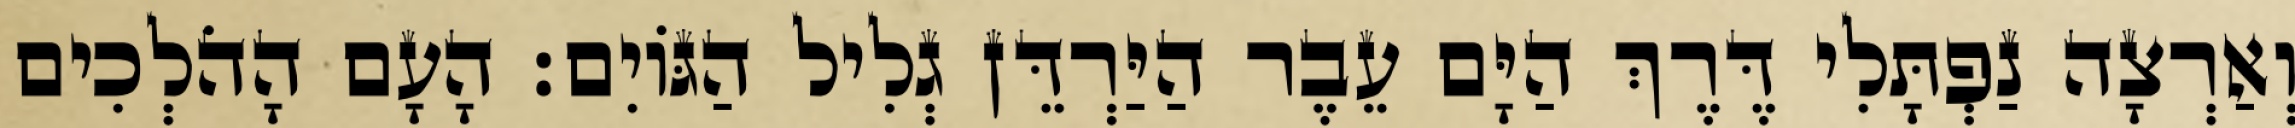
וְאַרְצָה נַפְתָּלִי דֶּרֶךְ הַיָּם עֵבֶר הַיַּרְדֵּן גְלִיל הַגּוֹיִם׃ הָעָם הָהֹלְכִים